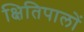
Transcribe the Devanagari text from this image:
क्षितिपालों